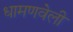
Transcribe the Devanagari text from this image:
धामणवेली